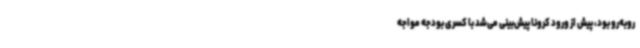
روبه‌رو بود، پیش از ورود کرونا پیش‌بینی می‌شد با کسری بودجه مواجه